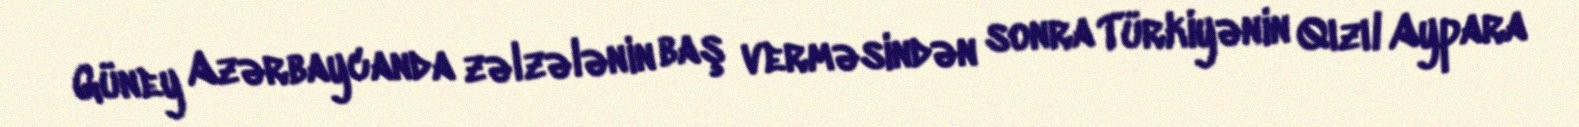
Güney Azərbaycanda zəlzələnin baş verməsindən sonra Türkiyənin Qızıl Aypara